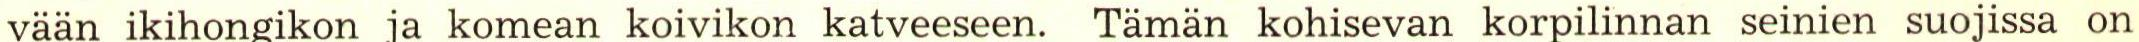
vaan ikihongikon ja komean koivikon katveeseen. Tämän kohisevan korpilinnan seinien suojissa on